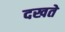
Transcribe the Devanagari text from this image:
दखते